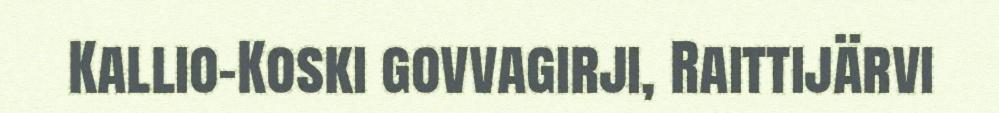
Kallio-Koski govvagirji, Raittijärvi